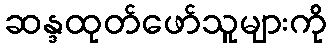
ဆန္ဒထုတ်ဖော်သူများကို